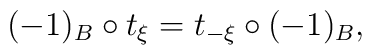
(-1)_B \circ t_{\xi}=t_{-\xi}\circ (-1)_B,